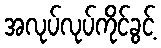
အလုပ်လုပ်ကိုင်ခွင့်